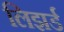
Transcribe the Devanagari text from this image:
लिझर्ड